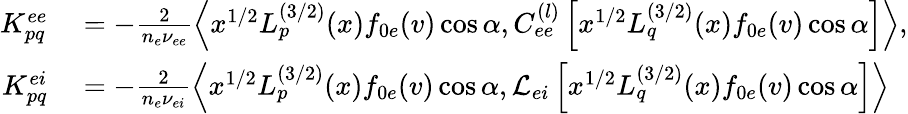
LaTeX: \begin{array}{rl}{K_{pq}^{ee}}&{{}=-\frac{2}{n_{e}\nu_{ee}}\left<x^{1/2}L_{p}^{(3/2)}(x)f_{0e}(v)\cos\alpha,C_{ee}^{(l)}\left[x^{1/2}L_{q}^{(3/2)}(x)f_{0e}(v)\cos\alpha\right]\right>,}\\ {K_{pq}^{ei}}&{{}=-\frac{2}{n_{e}\nu_{ei}}\left<x^{1/2}L_{p}^{(3/2)}(x)f_{0e}(v)\cos\alpha,\mathcal{L}_{ei}\left[x^{1/2}L_{q}^{(3/2)}(x)f_{0e}(v)\cos\alpha\right]\right>}\end{array}